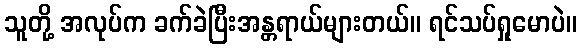
သူတို့ အလုပ်က ခက်ခဲပြီးအန္တရာယ်များတယ်။ ရင်သပ်ရှုမောပဲ။